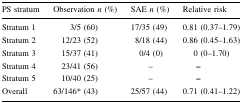
| PS stratum | Observation n (%) | SAE n (%) | Relative risk |
 | --- | --- | --- | --- |
 | Stratum 1 | 3/5 (60) | 17/35 (49) | 0.81 (0.37–1.79) |
 | Stratum 2 | 12/23 (52) | 8/18 (44) | 0.86 (0.45–1.63) |
 | Stratum 3 | 15/37 (41) | 0/4 (0) | 0 (0–1.70) |
 | Stratum 4 | 23/41 (56) | – | – |
 | Stratum 5 | 10/40 (25) | – | – |
 | Overall | 63/146* (43) | 25/57 (44) | 0.71 (0.41–1.22) |